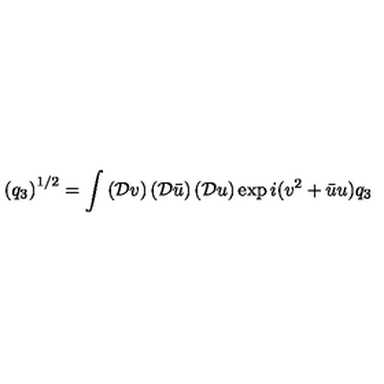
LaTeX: \left( q _ { 3 } \right) ^ { 1 / 2 } = \int \left( \mathcal { D } v \right) \left( \mathcal { D } \bar { u } \right) \left( \mathcal { D } u \right) \exp { i ( v ^ { 2 } + \bar { u } u ) q _ { 3 } }